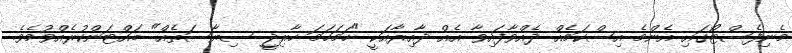
މެނިފެސްޓޯގައި އެންމެ އިސްކަމެއް ދެއްވާފައިވާ އެއް ދާއިރާއަކީ "ހަމަހަމަ ހާރިޖީ ސިޔާސަތެއް" ބައްޓަންކުރެއްވުމެވެ.